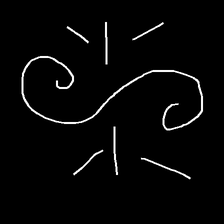
Glyph: wind-directs-air